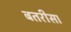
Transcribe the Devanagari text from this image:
बतरीसा